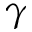
\gamma